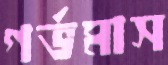
গর্ভমাস